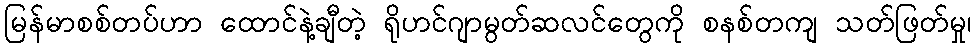
မြန်မာစစ်တပ်ဟာ ထောင်နဲ့ချီတဲ့ ရိုဟင်ဂျာမွတ်ဆလင်တွေကို စနစ်တကျ သတ်ဖြတ်မှု၊